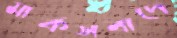
মার্কসবাদে